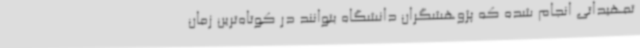
تمهیداتی انجام شده که پژوهشگران دانشگاه بتوانند در کوتاه‌ترین زمان